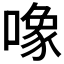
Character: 𱔠